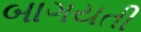
બાગયતી